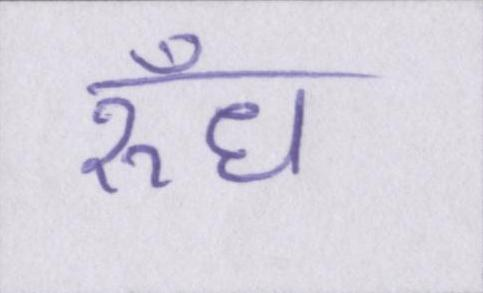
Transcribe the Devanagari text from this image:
रुँध